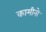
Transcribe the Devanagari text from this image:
कामीनो